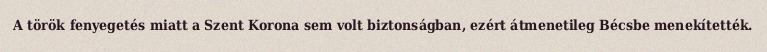
A török fenyegetés miatt a Szent Korona sem volt biztonságban, ezért átmenetileg Bécsbe menekítették.